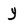
Character: y